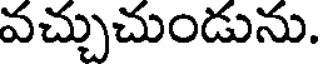
వచ్చుచుండును.